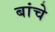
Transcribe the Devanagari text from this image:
बांचे